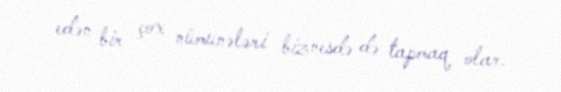
edən bir çox nümunələri biznesdə də tapmaq olar.